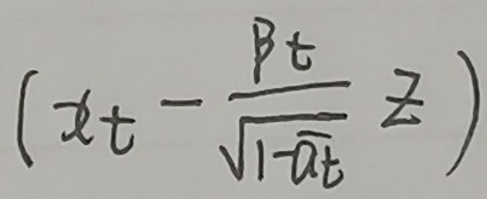
$\left(x_{t}-\frac{\beta_{t}}{\sqrt{1 - \alpha_{t}}}z\right)$